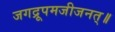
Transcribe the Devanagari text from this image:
जगद्रूपमजीजनत्॥